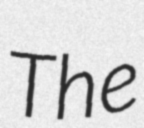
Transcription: The